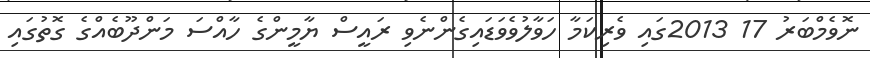
ނޮވެމްބަރު 17 2013ގައި ވެރިކަމާ ހަވާލުވެވަޑައިގެންނެވި ރައީސް ޔާމީންގެ ހާއްސަ މަންދޫބެއްގެ ގޮތުގައި